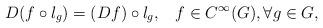
\begin{align*} D(f \circ l_g)=(Df) \circ l_g, \;\;\; f\in C^\infty(G), \forall g \in G,\end{align*}